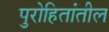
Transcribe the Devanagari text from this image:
पुरोहितांतील